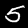
Label: 5